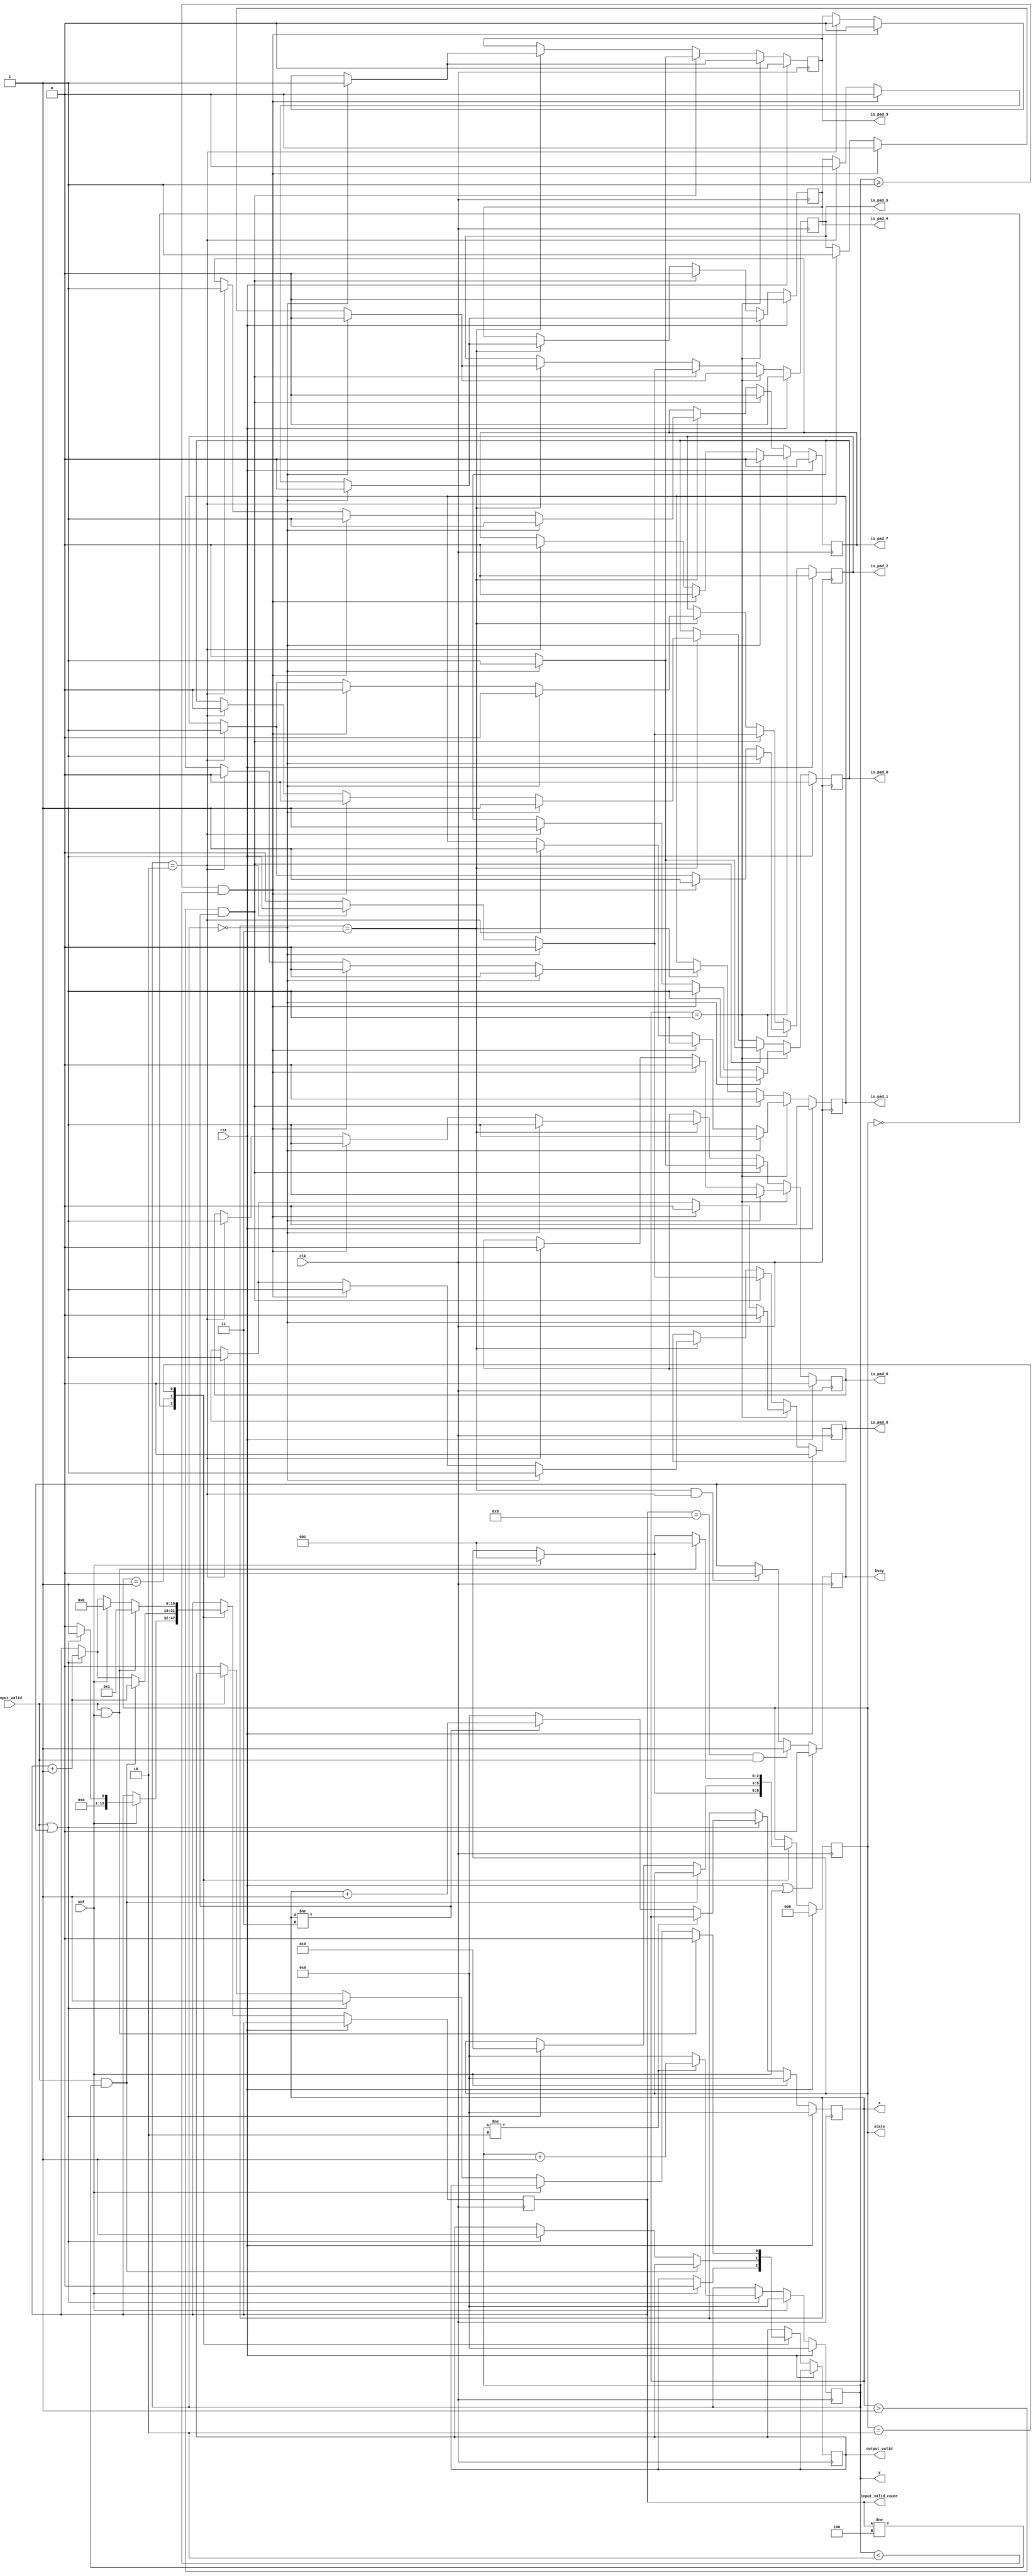
module line_buffer_control_padding
	#(
		parameter input_y = 3,
		parameter input_x = 3
	)
	(
	clk,
	rst,
	sof,
	busy,
	input_valid,
	output_valid,
	is_pad_0,
	is_pad_1,
	is_pad_2,
	is_pad_3,
	is_pad_4,
	is_pad_5,
	is_pad_6,
	is_pad_7,
	is_pad_8,
	//debug
	state,
	input_valid_count,
	x,
	y
);	
	localparam state_rst    = 3'd0;
	localparam state_idle   = 3'd1;
	localparam state_return = 3'd2;
	
	input clk;
	input rst;
	input sof;
	input input_valid;
	output reg busy;
	output reg output_valid;
	output reg [2:0] state;
	output reg is_pad_0, is_pad_1, is_pad_2, is_pad_3, is_pad_4, is_pad_5, is_pad_6, is_pad_7, is_pad_8;
	output reg [15:0] input_valid_count;
	always @ (posedge clk) begin // output_valid control 
		if(rst) begin
			state <= state_rst;
		end else begin
			case(state)
				state_rst:
					begin
						if(sof) begin
							state <= state_idle;
							output_valid <= 1'b0;
							if (input_valid || busy) begin
								input_valid_count <= 1;
							end else begin
								input_valid_count <= 0;
							end
						end
					end
				state_idle:
					begin
						if(input_valid && input_valid_count != input_y + 2 - 1) begin
							input_valid_count <= input_valid_count + 1;
						end else begin
							if(input_valid || busy) begin
								input_valid_count <= input_valid_count + 1;
								output_valid <= 1'b1;
								state <= state_return;
							end
						end		
					end
				state_return:
					begin
						if(input_valid && sof) begin
							output_valid <= 0;
							input_valid_count <= 1;
							state <= state_idle;
						end else if(sof) begin
							input_valid_count <= 0;
							state <= state_idle;
						end else if(input_valid || busy) begin
							output_valid <= 1;
							input_valid_count <= input_valid_count + 1;
						end else if(!input_valid) begin
							output_valid <= 0;
						end
					end
			endcase
		end
	end
	output reg [7:0] x;
	output reg [7:0] y;
	always @ (posedge clk) begin
		if(rst || sof) begin
			busy <= 0;
		end else if(input_valid_count == input_x*input_y - 1 && input_valid) begin
			busy <= 1;
		end else if(x == input_x && y == input_y - 1) begin
			busy <= 0;
		end
	end
	always @ (posedge clk) begin // x, y count
		if(rst) begin
			x <= 0;
			y <= 0;
		end else  begin
			if(sof) begin
				x <= 0;
				y <= 0;
			end else if(input_valid || busy) begin
				if(y != input_y - 1) begin
					y <= y + 1;
				end else begin
					y <= 0;
					if(x != input_x) begin
						x <= x + 1;
					end else begin
						x <= 0;
					end
				end 
			end 
		end
	end
	always @ (posedge clk) begin // padding control
		if(rst) begin
			is_pad_0 <= 0;
			is_pad_1 <= 0;
			is_pad_2 <= 0;
			is_pad_3 <= 0;
			is_pad_4 <= 0;
			is_pad_5 <= 0;
			is_pad_6 <= 0;
			is_pad_7 <= 0;
			is_pad_8 <= 0;
		end else if(x == 1) begin
			if(y == 0) begin
				is_pad_0 <= 1;
				is_pad_1 <= 1;
				is_pad_2 <= 1;
				is_pad_3 <= 1;
				is_pad_4 <= 0;
				is_pad_5 <= 0;
				is_pad_6 <= 1;
				is_pad_7 <= 0;
				is_pad_8 <= 0;
			end else if(y >= 1 && y < input_y - 1) begin
				is_pad_0 <= 1;
				is_pad_1 <= 1;
				is_pad_2 <= 1;
				is_pad_3 <= 0;
				is_pad_4 <= 0;
				is_pad_5 <= 0;
				is_pad_6 <= 0;
				is_pad_7 <= 0;
				is_pad_8 <= 0;
			end else if(y == input_y - 1) begin
				is_pad_0 <= 1;
				is_pad_1 <= 1;
				is_pad_2 <= 1;
				is_pad_3 <= 0;
				is_pad_4 <= 0;
				is_pad_5 <= 1;
				is_pad_6 <= 0;
				is_pad_7 <= 0;
				is_pad_8 <= 1;
			end
		end else if(x > 1 && x != input_x) begin
			if(y == 0) begin
				is_pad_0 <= 1;
				is_pad_1 <= 0;
				is_pad_2 <= 0;
				is_pad_3 <= 1;
				is_pad_4 <= 0;
				is_pad_5 <= 0;
				is_pad_6 <= 1;
				is_pad_7 <= 0;
				is_pad_8 <= 0;
			end else if(y == input_y - 1) begin
				is_pad_0 <= 0;
				is_pad_1 <= 0;
				is_pad_2 <= 1;
				is_pad_3 <= 0;
				is_pad_4 <= 0;
				is_pad_5 <= 1;
				is_pad_6 <= 0;
				is_pad_7 <= 0;
				is_pad_8 <= 1;
			end else begin
				is_pad_0 <= 0;
				is_pad_1 <= 0;
				is_pad_2 <= 0;
				is_pad_3 <= 0;
				is_pad_4 <= 0;
				is_pad_5 <= 0;
				is_pad_6 <= 0;
				is_pad_7 <= 0;
				is_pad_8 <= 0;
			end
		end else if(x == input_x) begin
			if(y == 0) begin
				is_pad_0 <= 1;
				is_pad_1 <= 0;
				is_pad_2 <= 0;
				is_pad_3 <= 1;
				is_pad_4 <= 0;
				is_pad_5 <= 0;
				is_pad_6 <= 1;
				is_pad_7 <= 1;
				is_pad_8 <= 1;
			end else if(y >= 1 && y < input_y - 1) begin
				is_pad_0 <= 0;
				is_pad_1 <= 0;
				is_pad_2 <= 0;
				is_pad_3 <= 0;
				is_pad_4 <= 0;
				is_pad_5 <= 0;
				is_pad_6 <= 1;
				is_pad_7 <= 1;
				is_pad_8 <= 1;
			end else if(y == input_y - 1) begin
				is_pad_0 <= 0;
				is_pad_1 <= 0;
				is_pad_2 <= 1;
				is_pad_3 <= 0;
				is_pad_4 <= 0;
				is_pad_5 <= 1;
				is_pad_6 <= 1;
				is_pad_7 <= 1;
				is_pad_8 <= 1;
			end
		end
	end
	endmodule